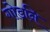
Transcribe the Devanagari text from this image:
गोडनि